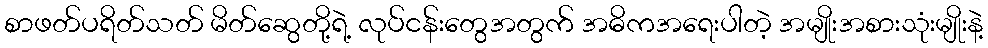
စာဖတ်ပရိတ်သတ် မိတ်ဆွေတို့ရဲ့ လုပ်ငန်းတွေအတွက် အဓိကအရေးပါတဲ့ အမျိုးအစားသုံးမျိုးနဲ့